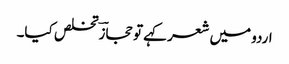
اردو میں شعر کہے تو حجازؔ تخلص کیا۔